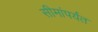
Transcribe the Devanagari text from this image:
सीमांपर्यंत